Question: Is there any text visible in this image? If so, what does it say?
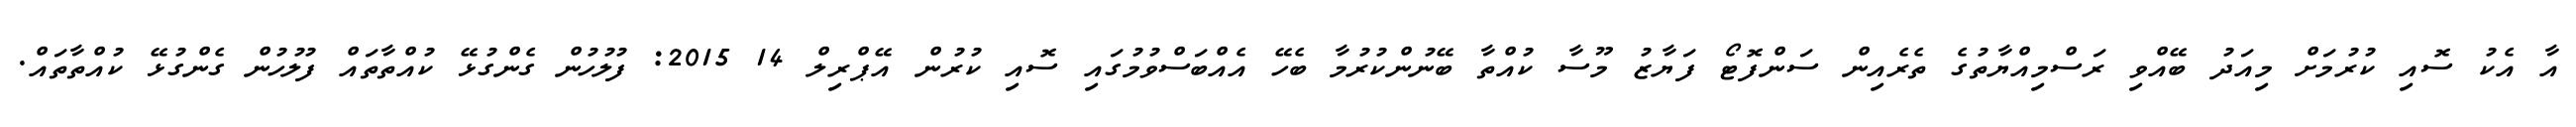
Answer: އާ އެކު ސޮއި ކުރުމަށް މިއަދު ބޭއްވި ރަސްމިއްޔާތުގެ ތެރެއިން ސަންފޮޓޯ ފަޔާޒު މޫސާ ކުއްތާ ބޭނުންކުރުމާ ބެހޭ އެއްބަސްވުމުގައި ސޮއި ކުރުން އޭޕްރިލް 14 2015: ފުލުހުން ގެންގުޅޭ ކުއްތާތައް ފުލުހުން ގެންގުޅޭ ކުއްތާތައް.